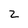
Character: 2